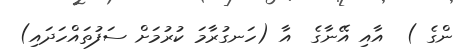
ންގެ )  އާއި އޭނާގެ  އާ (ހަނގުރާމަ ކުރުމަށް ސަފުތައްހަދައި)